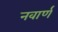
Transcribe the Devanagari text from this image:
नवार्ण